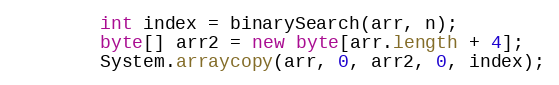
Language: Java
        int index = binarySearch(arr, n);
        byte[] arr2 = new byte[arr.length + 4];
        System.arraycopy(arr, 0, arr2, 0, index);